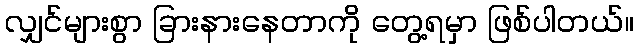
လျှင်များစွာ ခြားနားနေတာကို တွေ့ရမှာ ဖြစ်ပါတယ်။